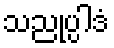
သညုပ္ပါဒံ